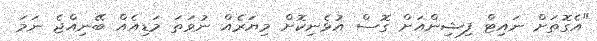
"އެގޮތަށް ނައިޓް ފިޝިންއަށް ގޮސް އުޅެނިކޮށް މިޔަރެއް ނުވަތަ މަޑިއެއް ބޭނިއްޖެ ނަމަ